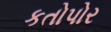
કતોપોર